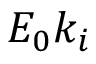
E _ { 0 } k _ { i }